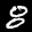
Label: 8